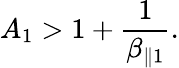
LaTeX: A_{1}>1+\frac{1}{\beta_{\parallel 1}}.